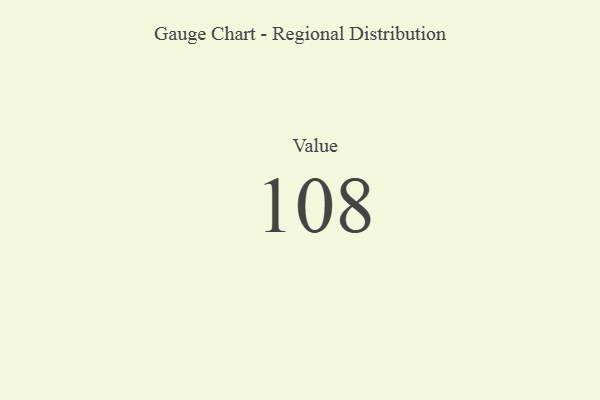
{"axis": {"x": "Metric", "y": "Value"}, "legend": [""], "data": [{"x": "Value", "y": 108, "type": ""}]}